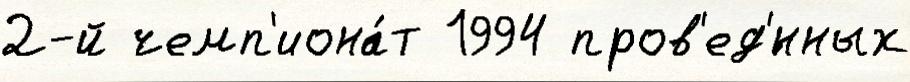
2-й чемп'иона́т 1994 пров'ед'́нных